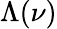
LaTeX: \Lambda(\nu)